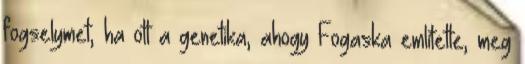
fogselymet, ha ott a genetika, ahogy Fogaska említette, meg